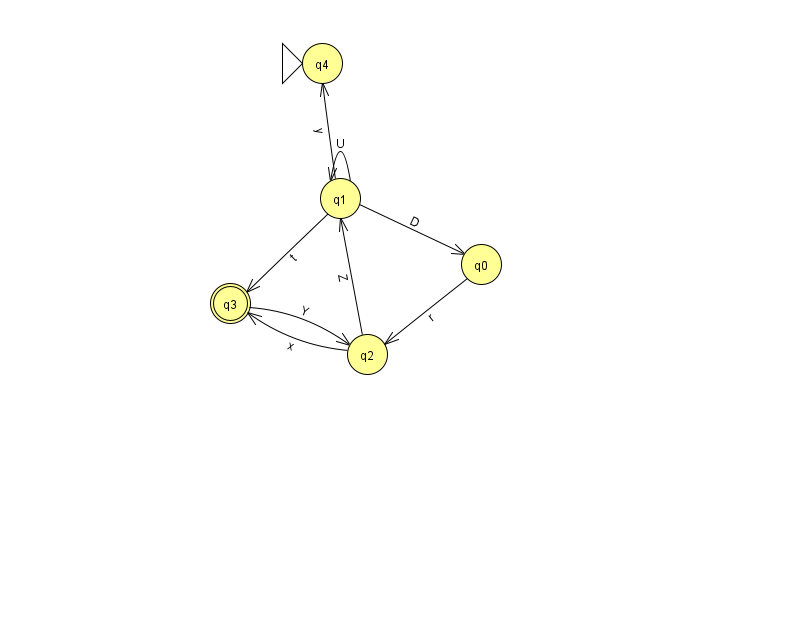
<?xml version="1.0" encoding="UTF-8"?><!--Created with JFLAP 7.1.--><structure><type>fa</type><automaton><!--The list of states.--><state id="0" name="q0"><x>481.0</x><y>251.0</y></state><state id="1" name="q1"><x>340.0</x><y>185.0</y></state><state id="2" name="q2"><x>367.0</x><y>341.0</y></state><state id="3" name="q3"><x>230.0</x><y>290.0</y><final/></state><state id="4" name="q4"><x>322.0</x><y>50.0</y><initial/></state><!--The list of transitions.--><transition><from>1</from><to>0</to><read>D</read></transition><transition><from>0</from><to>2</to><read>r</read></transition><transition><from>1</from><to>3</to><read>t</read></transition><transition><from>1</from><to>1</to><read>U</read></transition><transition><from>2</from><to>3</to><read>x</read></transition><transition><from>3</from><to>2</to><read>Y</read></transition><transition><from>2</from><to>1</to><read>Z</read></transition><transition><from>1</from><to>4</to><read>y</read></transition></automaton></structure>